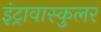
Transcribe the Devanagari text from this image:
इंट्रावास्कुलर